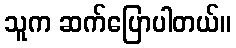
သူက ဆက်ပြောပါတယ်။